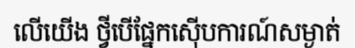
លើយើង ថ្វីបើផ្នែកស៊ើបការណ៍សម្ងាត់